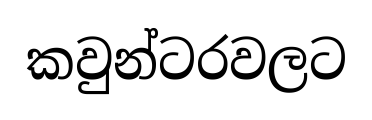
කවුන්ටරවලට